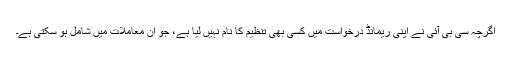
اگرچہ سی بی آئی نے اپنی ریمانڈ درخواست میں کسی بھی تنظیم کا نام نہیں لیا ہے، جو ان معاملات میں شامل ہو سکتی ہے۔